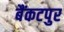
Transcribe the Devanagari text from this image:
बैंकटपुर